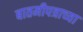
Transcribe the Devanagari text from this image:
बातमीपत्राच्या